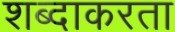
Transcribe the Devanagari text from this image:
शब्दाकरता